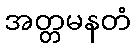
အတ္တမနတံ